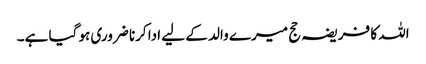
اللہ کا فریضہ حج میرے والد کے لیے ادا کرنا ضروری ہو گیا ہے۔